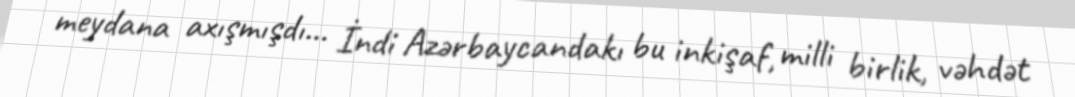
meydana axışmışdı... İndi Azərbaycandakı bu inkişaf, milli birlik, vəhdət